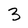
Character: 3